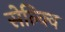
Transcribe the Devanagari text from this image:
सेल्क्वि